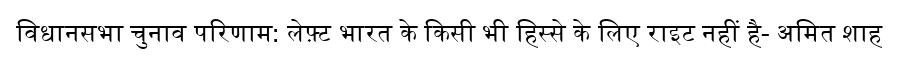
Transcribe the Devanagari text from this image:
विधानसभा चुनाव परिणाम: लेफ़्ट भारत के किसी भी हिस्से के लिए राइट नहीं है- अमित शाह